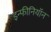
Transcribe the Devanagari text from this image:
इन्फीनियॉन